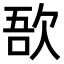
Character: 𣣄